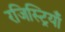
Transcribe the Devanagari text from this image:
रजिस्ट्रियाँ